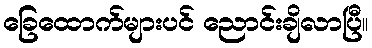
ခြေထောက်များပင် ညောင်းချိလာပြီ။